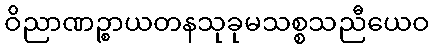
ဝိညာဏဉ္စာယတနသုခုမသစ္စသညီယေဝ